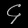
Digit: ၄